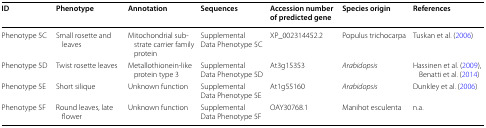
<table><thead><tr><td><b>ID</b></td><td><b>Phenotype</b></td><td><b>Annotation</b></td><td><b>Sequences</b></td><td><b>Accession number of predicted gene</b></td><td><b>Species origin</b></td><td><b>References</b></td></tr></thead><tbody><tr><td>Phenotype 5C</td><td>Small rosette and leaves</td><td>Mitochondrial substrate carrier family protein</td><td>SupplementalData Phenotype 5C</td><td>XP_002314452.2</td><td>Populus trichocarpa</td><td>Tuskan et al. (2006)</td></tr><tr><td>Phenotype 5D</td><td>Twist rosette leaves</td><td>Metallothionein-like protein type 3</td><td>SupplementalData Phenotype 5D</td><td>At3g15353</td><td><i>Arabidopsis</i></td><td>Hassinen et al. (2009), Benatti et al. (2014)</td></tr><tr><td>Phenotype 5E</td><td>Short silique</td><td>Unknown function</td><td>SupplementalData Phenotype 5E</td><td>At1g55160</td><td><i>Arabidopsis</i></td><td>Dunkley et al. (2006)</td></tr><tr><td>Phenotype 5F</td><td>Round leaves, late flower</td><td>Unknown function</td><td>SupplementalData Phenotype 5F</td><td>OAY30768.1</td><td>Manihot esculenta</td><td>n.a.</td></tr></tbody></table>